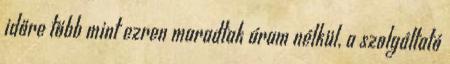
időre több mint ezren maradtak áram nélkül, a szolgáltató